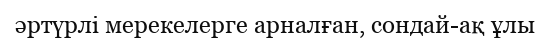
әртүрлі мерекелерге арналған, сондай-ақ ұлы